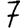
Digit: 7